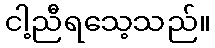
ငါ့ညီရသေ့သည်။